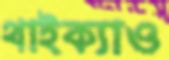
থাইক্যাও